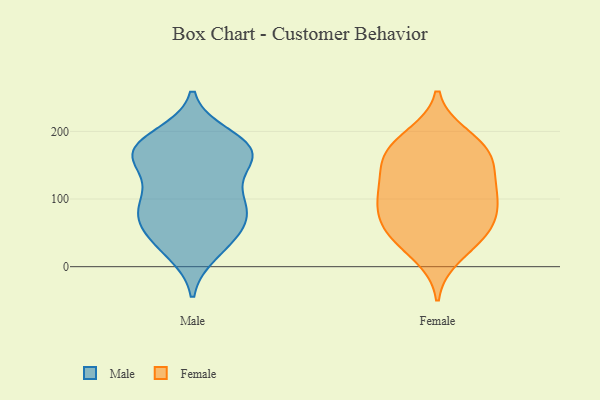
{"axis": {"x": "Operating Costs (USD K)", "y": "Value"}, "legend": ["Female", "Male"], "data": [{"x": "", "y": 81, "type": "Male"}, {"x": "", "y": 133, "type": "Male"}, {"x": "", "y": 100, "type": "Male"}, {"x": "", "y": 22, "type": "Male"}, {"x": "", "y": 192, "type": "Male"}, {"x": "", "y": 178, "type": "Male"}, {"x": "", "y": 106, "type": "Male"}, {"x": "", "y": 164, "type": "Male"}, {"x": "", "y": 177, "type": "Male"}, {"x": "", "y": 77, "type": "Male"}, {"x": "", "y": 34, "type": "Male"}, {"x": "", "y": 56, "type": "Male"}, {"x": "", "y": 172, "type": "Male"}, {"x": "", "y": 165, "type": "Male"}, {"x": "", "y": 164, "type": "Male"}, {"x": "", "y": 169, "type": "Male"}, {"x": "", "y": 38, "type": "Male"}, {"x": "", "y": 83, "type": "Male"}, {"x": "", "y": 76, "type": "Male"}, {"x": "", "y": 160, "type": "Female"}, {"x": "", "y": 116, "type": "Female"}, {"x": "", "y": 163, "type": "Female"}, {"x": "", "y": 16, "type": "Female"}, {"x": "", "y": 116, "type": "Female"}, {"x": "", "y": 45, "type": "Female"}, {"x": "", "y": 84, "type": "Female"}, {"x": "", "y": 43, "type": "Female"}, {"x": "", "y": 154, "type": "Female"}, {"x": "", "y": 118, "type": "Female"}, {"x": "", "y": 76, "type": "Female"}, {"x": "", "y": 186, "type": "Female"}, {"x": "", "y": 50, "type": "Female"}, {"x": "", "y": 193, "type": "Female"}, {"x": "", "y": 72, "type": "Female"}, {"x": "", "y": 101, "type": "Female"}, {"x": "", "y": 169, "type": "Female"}]}